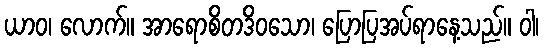
ယာဝ၊ လောက်။ အာရောစိတဒိဝသော၊ ပြောပြအပ်ရာနေ့သည်။ ဝါ၊